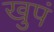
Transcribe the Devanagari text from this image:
खुपं